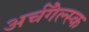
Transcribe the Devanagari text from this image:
अर्चँगेल्स्क